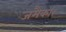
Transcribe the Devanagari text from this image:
जमैका।